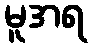
မူအရ